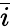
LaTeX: \bar{i}